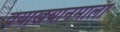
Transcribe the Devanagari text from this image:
वयाखयानमाला